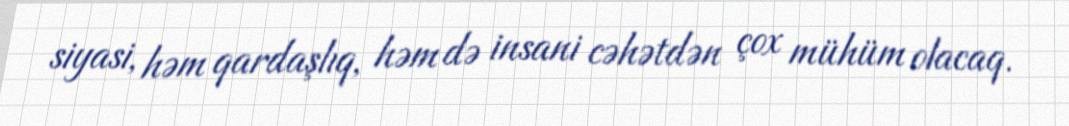
siyasi, həm qardaşlıq, həm də insani cəhətdən çox mühüm olacaq.